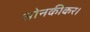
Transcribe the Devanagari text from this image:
सोनकीकर।